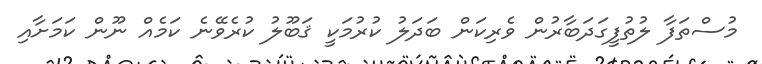
މުސްތަފާ ލުތުފީގަދަބާރުން ވެރިކަން ބަދަލު ކުރުމަކީ ޤަބޫލު ކުރެވޭނެ ކަމެއް ނޫން ކަމަށާއި